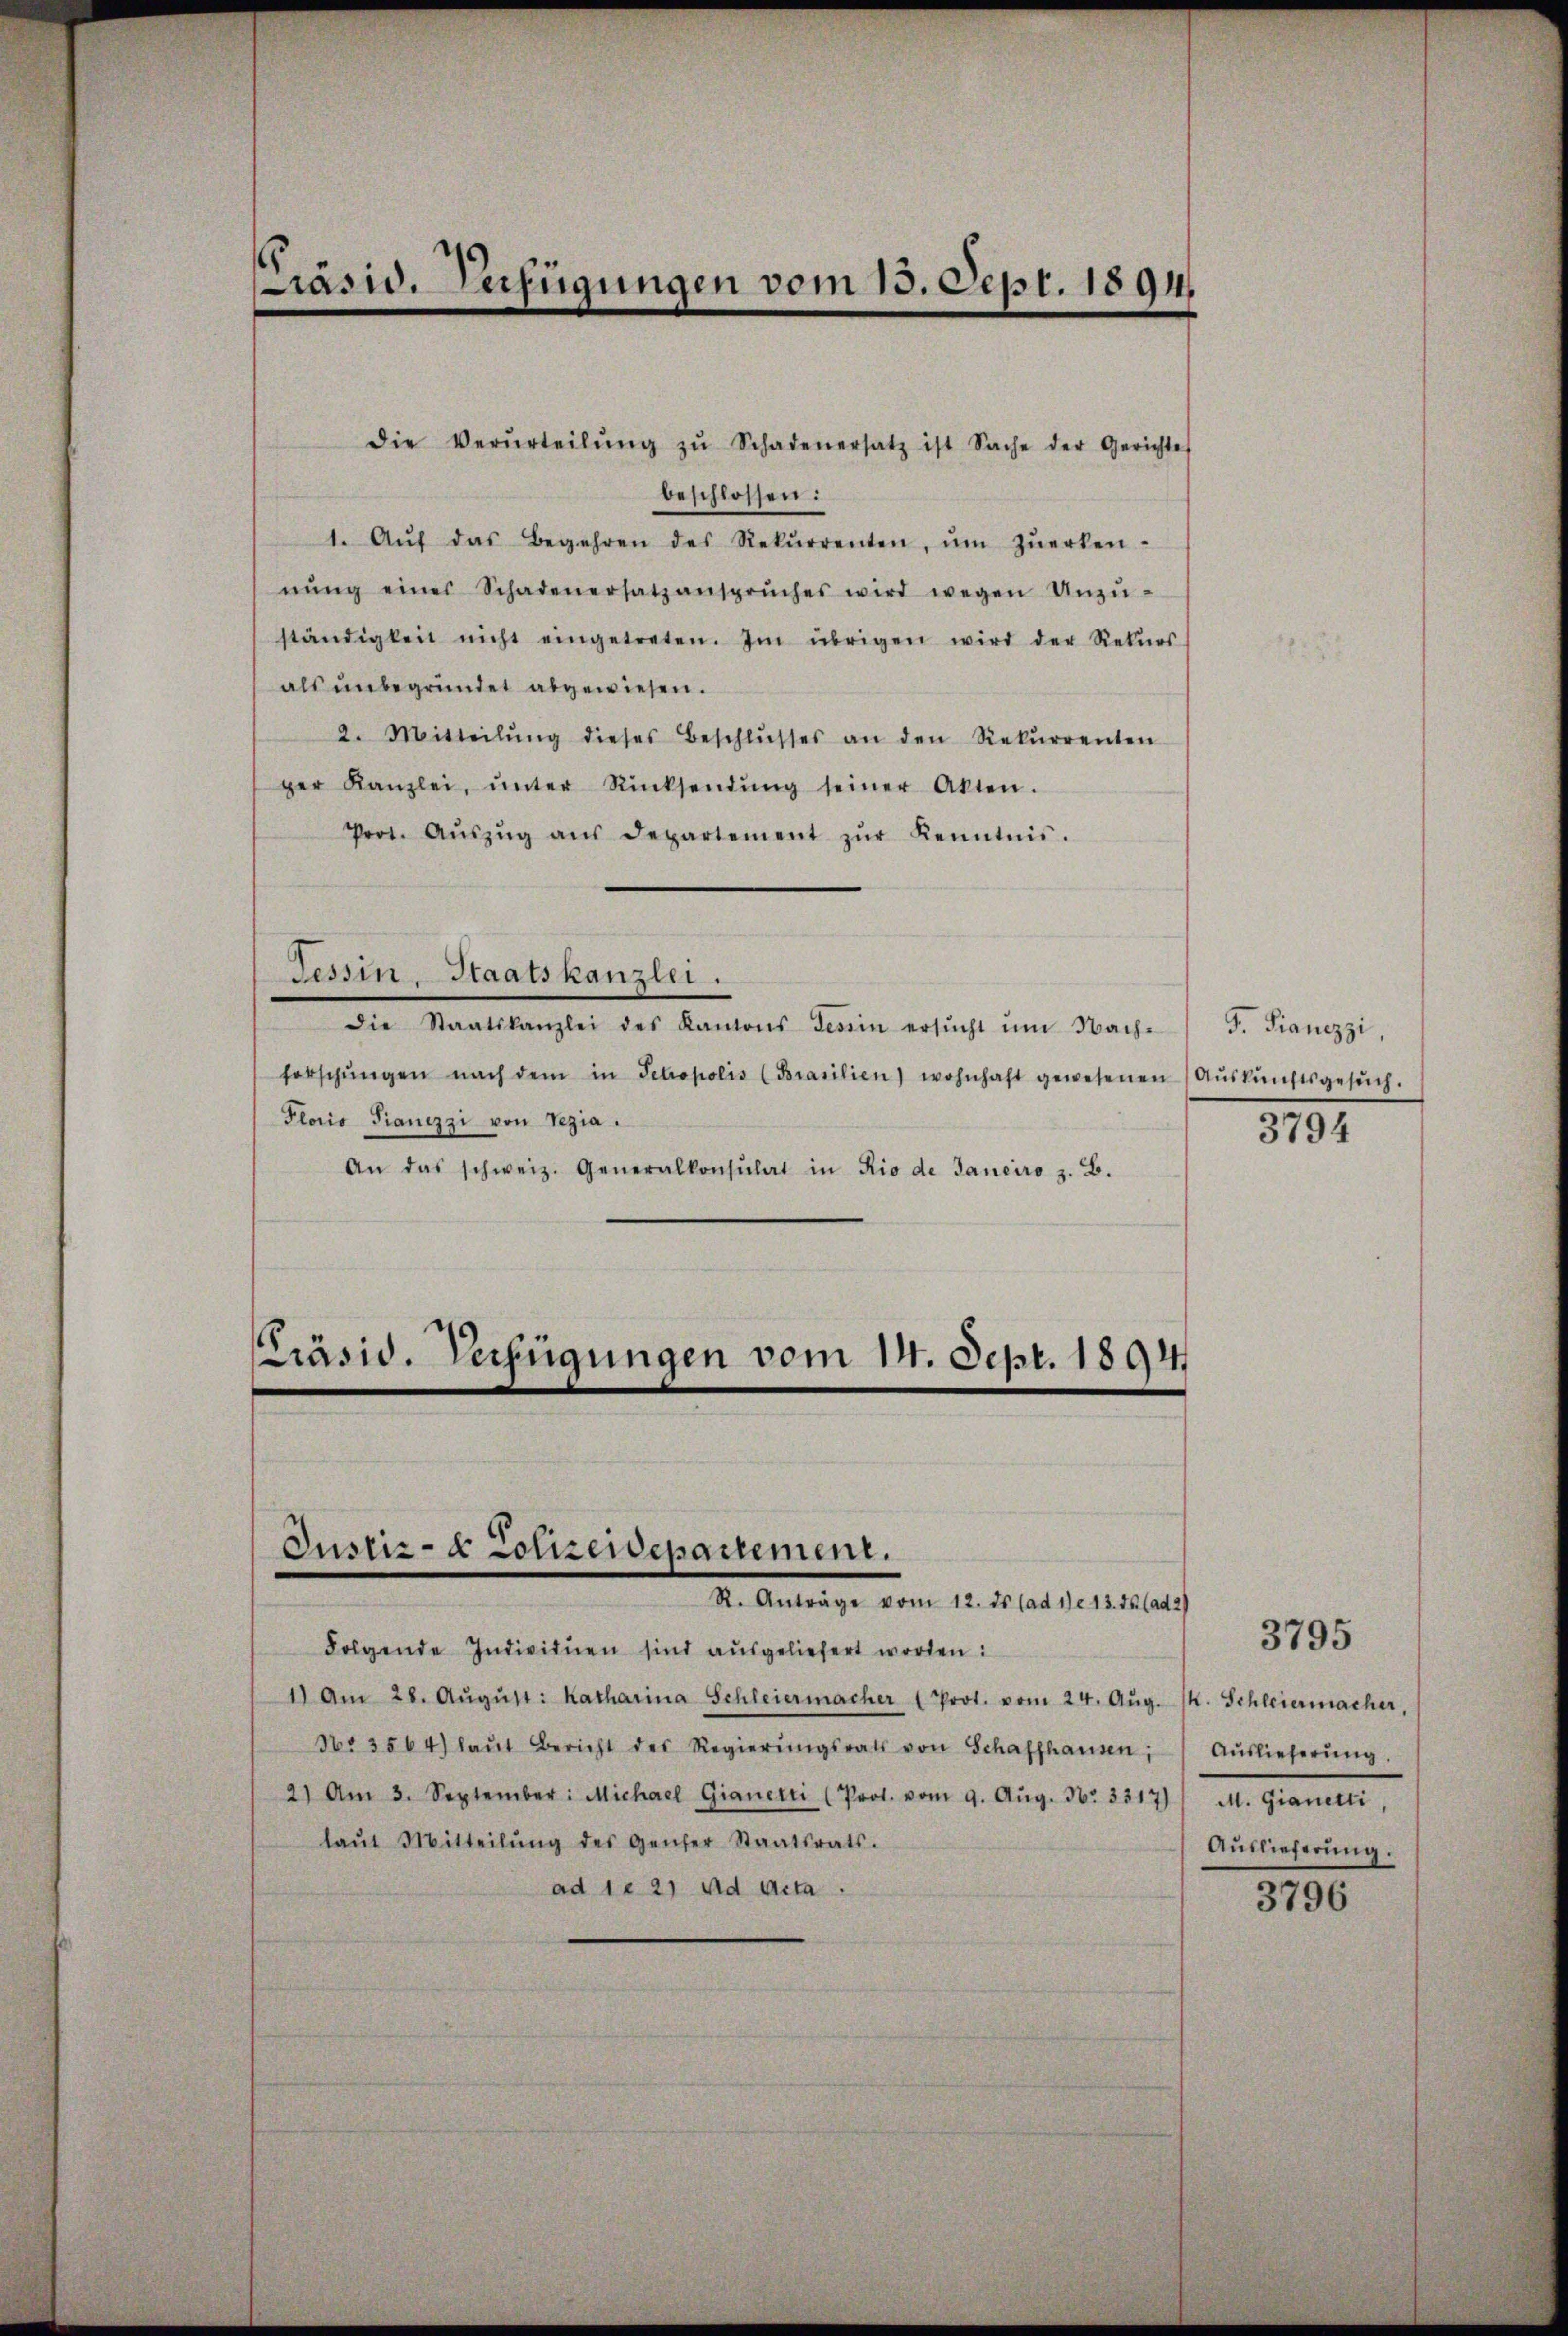
Präsid. Verfügungen vom 15. Sept. 1891.

beschlossen:
1. Aŭf das Begehren des Rekŭrrenten, ŭm zŭerken-
nŭng eines Schadenersatzansprŭches wird wegen Unzŭ-
ständigkeit nicht eingetreten. Im übrigen wird der Rekŭrs
als unbegründet abgewiesen.
2. Mitteilŭng dieses Beschlŭsses an den Rekŭrrenten
ger Kanzlei, ŭnter Rücksendŭng seiner Akten.
Prot. Aŭszŭg aŭs Departement zŭr Kenntnis.
Tessin, Staatskanzlei.
Die Staatskanzlei des Kantons Tessin ersŭcht ŭm Nach- F. Fianezzi,
forschŭngen nach dem in Petropolis (Brasilien) wohnhaft gewesenen Aŭskŭnftsgesŭch.
Ploris Pianizzi von Rezia
An das schweiz. Generalkonsulat in Rio de Janeiro z. B.

PPräsid. Verfügungen vom 14. Sept. 1891

die Verurteilŭng zŭ Schadenersatz ist Sache der Gerichte

Justiz- & Lotzendepartement.
St. Anträge vom 12. ds (ad 1. 13. 55 (ad 2)

Folgende Individuen sind ausgeliefert worden:
1) Am 28. Aŭgŭst: Katharina Schleiermacher 1 Prot. vom 24. Aŭg. 14. Schleiermacher,
No 3564) laŭt Bericht des Regierŭngsrath von Schaffhausen,
2) Am 3. September: Michael Gianetti (Prot. vom 9. Aŭg. Nr. 3317)
laŭt Mitteilŭng des Genfer Staatsrats.
ad 1. 2. ad Acta.

3794

Auslieferung.
d. Gener,
Auslieferung.

3795

3796